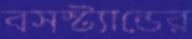
বসস্ট্যান্ডের